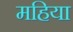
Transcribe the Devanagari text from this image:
महिया